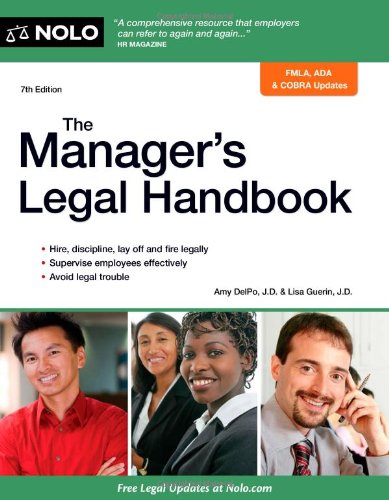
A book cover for The Manager's Legal Handbook; Amy DelPo; Law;